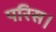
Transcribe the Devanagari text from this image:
परिस।